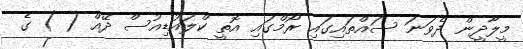
މީލާދީން ދެވަނަ ސައްތައިގައި ރޯމްގައި އޮތީ ކްލައުޑިއުސް ދޭއް ( ) ގެ